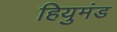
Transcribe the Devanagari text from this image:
हियुमंड